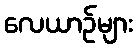
လေယာဉ်များ